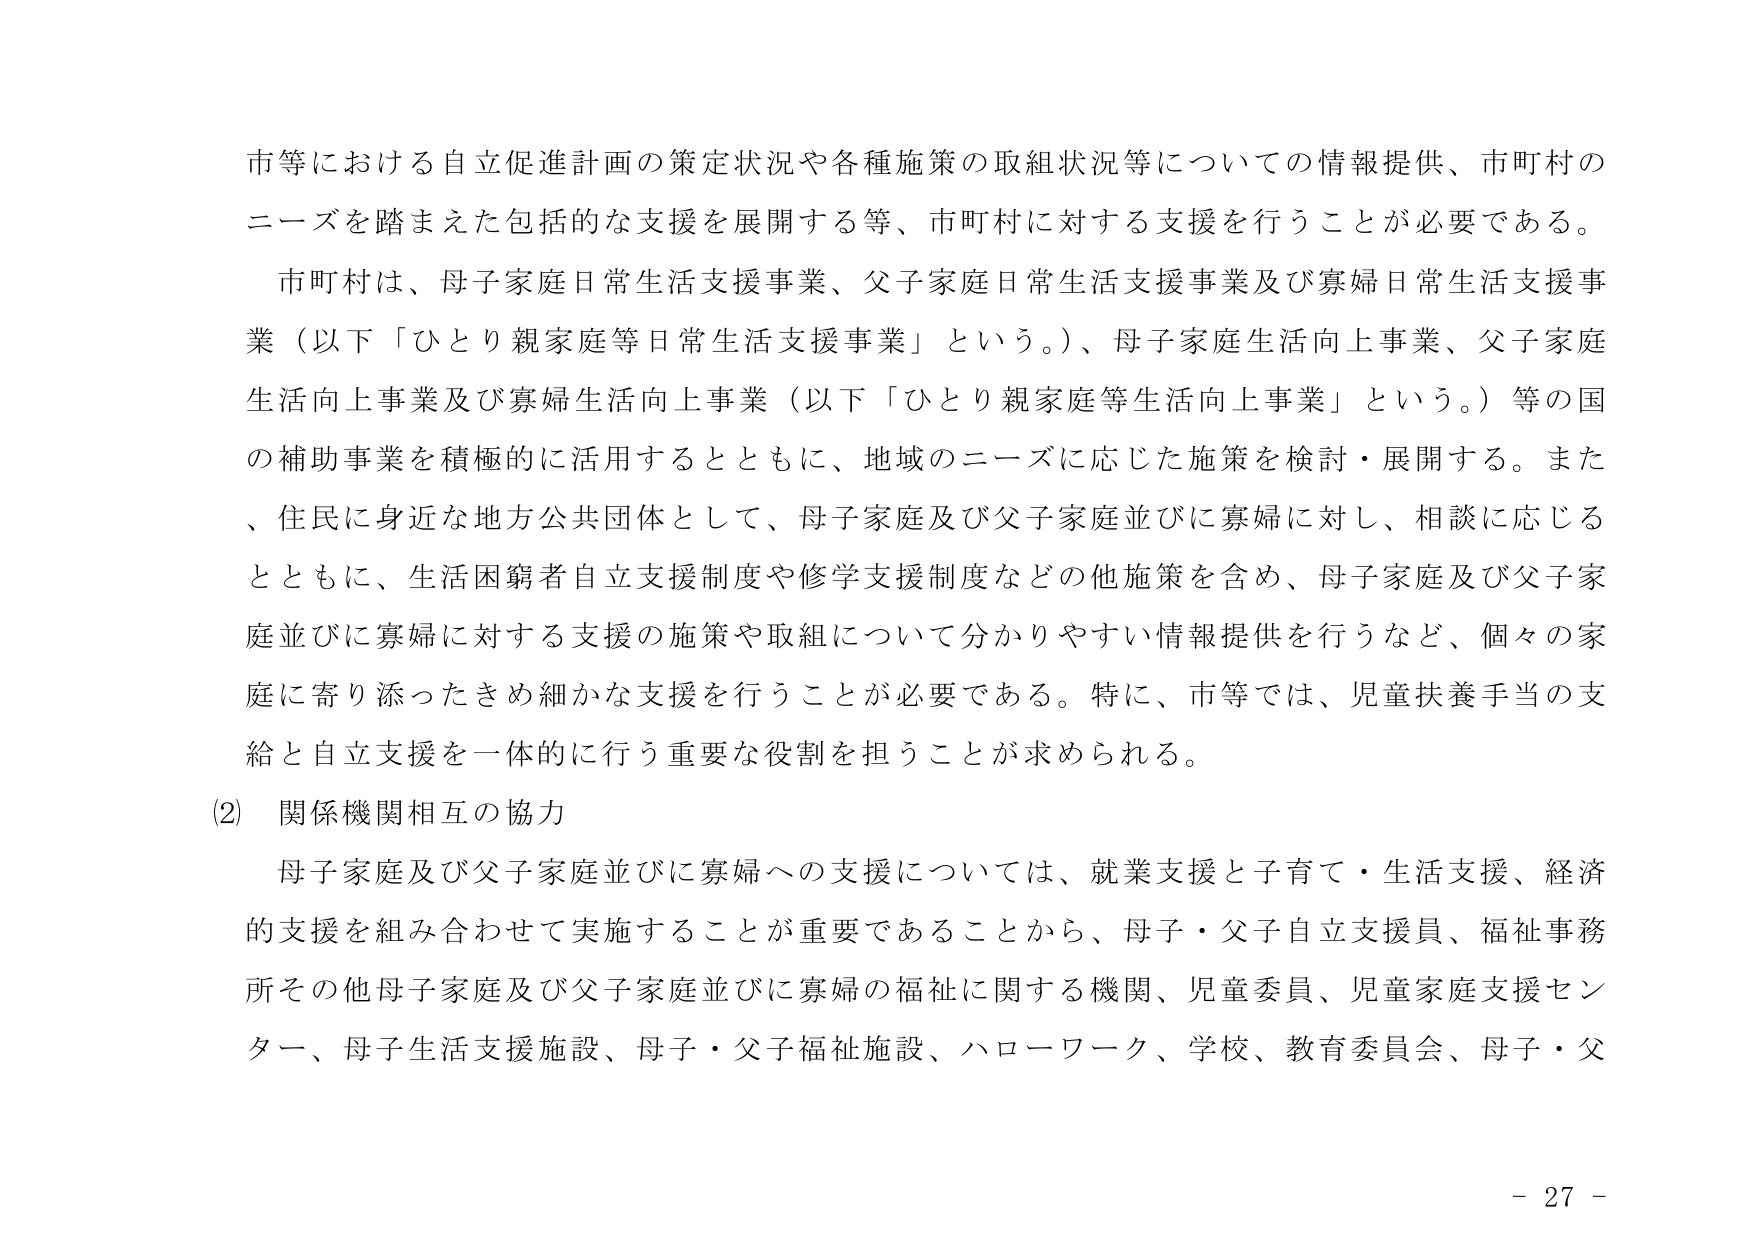
市等における自立促進計画の策定状況や各種施策の取組状況等についての情報提供、市町村のニーズを踏まえた包括的な支援を展開する等、市町村に対する支援を行うことが必要である。

市町村は、母子家庭日常生活支援事業、父子家庭日常生活支援事業及び寡婦日常生活支援事業（以下「ひとり親家庭等日常生活支援事業」という。）、母子家庭生活向上事業、父子家庭生活向上事業及び寡婦生活向上事業（以下「ひとり親家庭等生活向上事業」という。）等の国の補助事業を積極的に活用するとともに、地域のニーズに応じた施策を検討・展開する。また、住民に身近な地方公共団体として、母子家庭及び父子家庭並びに寡婦に対し、相談に応じるとともに、生活困窮者自立支援制度や修学支援制度などの他施策を含め、母子家庭及び父子家庭並びに寡婦に対する支援の施策や取組について分かりやすい情報提供を行うなど、個々の家庭に寄り添ったきめ細かな支援を行うことが必要である。特に、市等では、児童扶養手当の支給と自立支援を一体的に行う重要な役割を担うことが求められる。

(2) 関係機関相互の協力

母子家庭及び父子家庭並びに寡婦への支援については、就業支援と子育て・生活支援、経済的支援を組み合わせて実施することが重要であることから、母子・父子自立支援員、福祉事務所その他母子家庭及び父子家庭並びに寡婦の福祉に関する機関、児童委員、児童家庭支援センター、母子生活支援施設、母子・父子福祉施設、ハローワーク、学校、教育委員会、母子・父

- 27 -